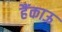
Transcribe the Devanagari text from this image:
हैंकाऊ